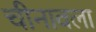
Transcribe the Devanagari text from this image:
चीनावला